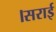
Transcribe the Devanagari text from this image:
।सराई